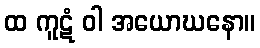
ထ ကူဋံ ဝါ အယောဃနော။